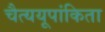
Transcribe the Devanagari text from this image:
चैत्ययूपांकिता